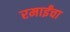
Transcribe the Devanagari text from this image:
रमाईंचा